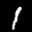
Label: 1